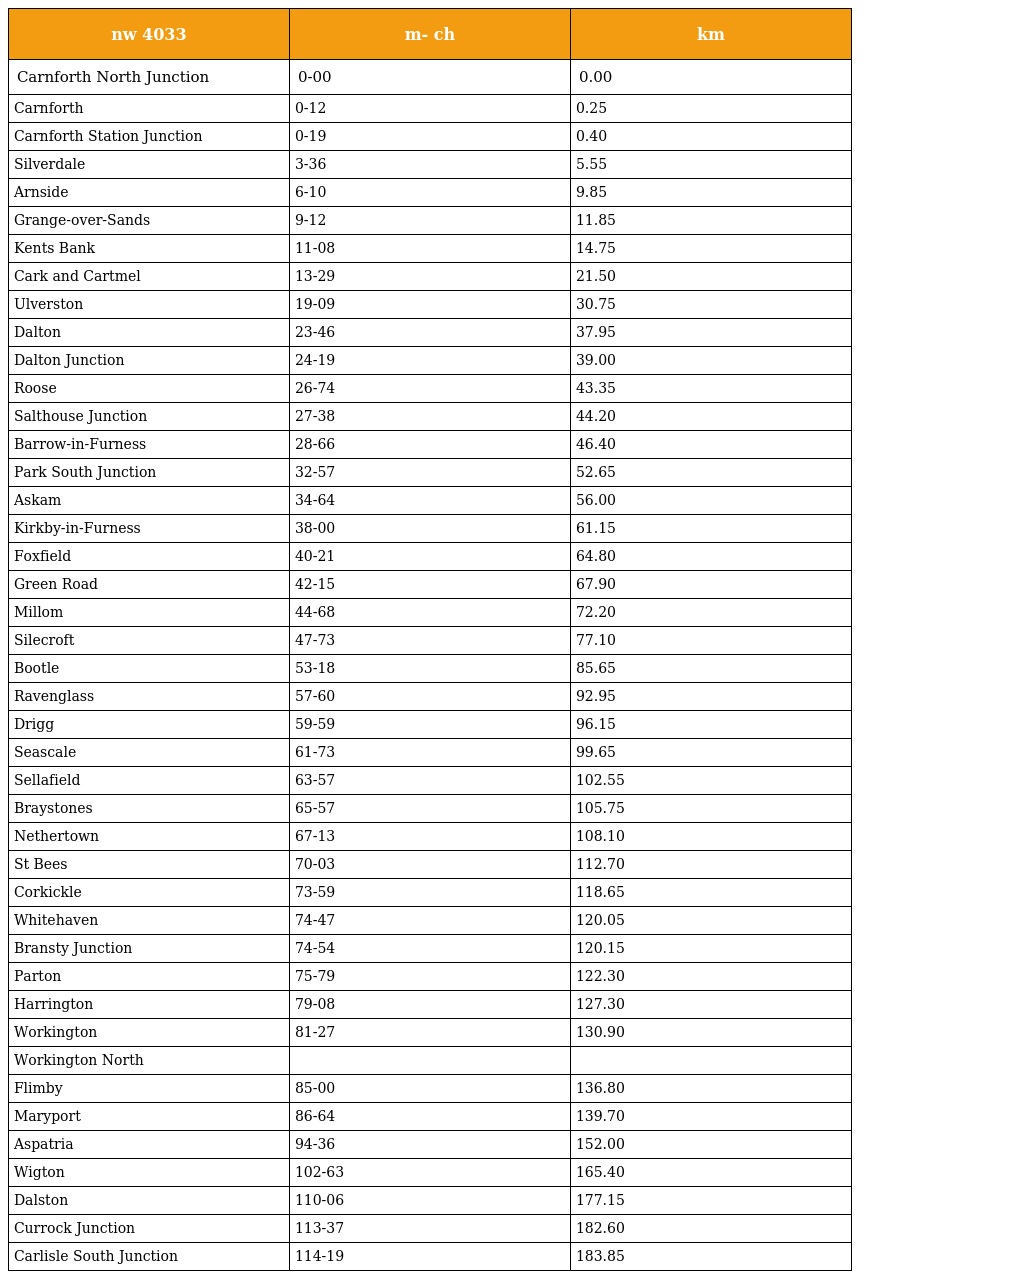
| nw 4033 | m- ch | km |
 | --- | --- | --- |
 | Carnforth North Junction | 0-00 | 0.00 |
 | Carnforth | 0-12 | 0.25 |
 | Carnforth Station Junction | 0-19 | 0.40 |
 | Silverdale | 3-36 | 5.55 |
 | Arnside | 6-10 | 9.85 |
 | Grange-over-Sands | 9-12 | 11.85 |
 | Kents Bank | 11-08 | 14.75 |
 | Cark and Cartmel | 13-29 | 21.50 |
 | Ulverston | 19-09 | 30.75 |
 | Dalton | 23-46 | 37.95 |
 | Dalton Junction | 24-19 | 39.00 |
 | Roose | 26-74 | 43.35 |
 | Salthouse Junction | 27-38 | 44.20 |
 | Barrow-in-Furness | 28-66 | 46.40 |
 | Park South Junction | 32-57 | 52.65 |
 | Askam | 34-64 | 56.00 |
 | Kirkby-in-Furness | 38-00 | 61.15 |
 | Foxfield | 40-21 | 64.80 |
 | Green Road | 42-15 | 67.90 |
 | Millom | 44-68 | 72.20 |
 | Silecroft | 47-73 | 77.10 |
 | Bootle | 53-18 | 85.65 |
 | Ravenglass | 57-60 | 92.95 |
 | Drigg | 59-59 | 96.15 |
 | Seascale | 61-73 | 99.65 |
 | Sellafield | 63-57 | 102.55 |
 | Braystones | 65-57 | 105.75 |
 | Nethertown | 67-13 | 108.10 |
 | St Bees | 70-03 | 112.70 |
 | Corkickle | 73-59 | 118.65 |
 | Whitehaven | 74-47 | 120.05 |
 | Bransty Junction | 74-54 | 120.15 |
 | Parton | 75-79 | 122.30 |
 | Harrington | 79-08 | 127.30 |
 | Workington | 81-27 | 130.90 |
 | Workington North |  |  |
 | Flimby | 85-00 | 136.80 |
 | Maryport | 86-64 | 139.70 |
 | Aspatria | 94-36 | 152.00 |
 | Wigton | 102-63 | 165.40 |
 | Dalston | 110-06 | 177.15 |
 | Currock Junction | 113-37 | 182.60 |
 | Carlisle South Junction | 114-19 | 183.85 |